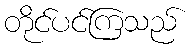
တိုင်ပင်ကြသည်